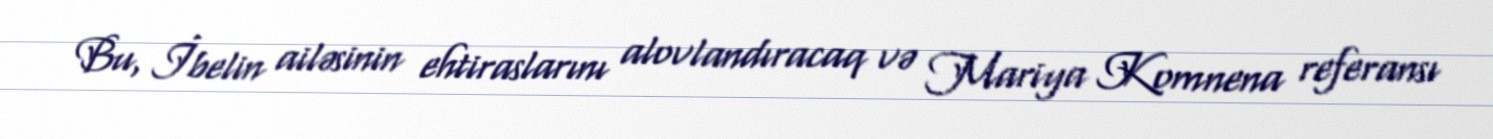
Bu, İbelin ailəsinin ehtiraslarını alovlandıracaq və Mariya Komnena referansı